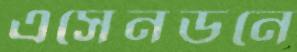
এসেনডনে